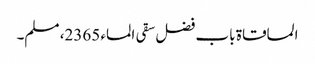
المساقاۃ باب فضل سقی الماء 2365، مسلم۔